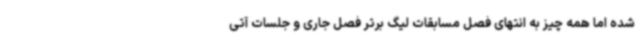
شده اما همه چیز به انتهای فصل مسابقات لیگ برتر فصل جاری و جلسات آتی